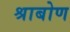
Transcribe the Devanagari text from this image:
श्राबोण